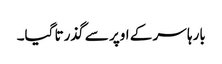
بارہا سر کے اوپر سے گذرتا گیا۔